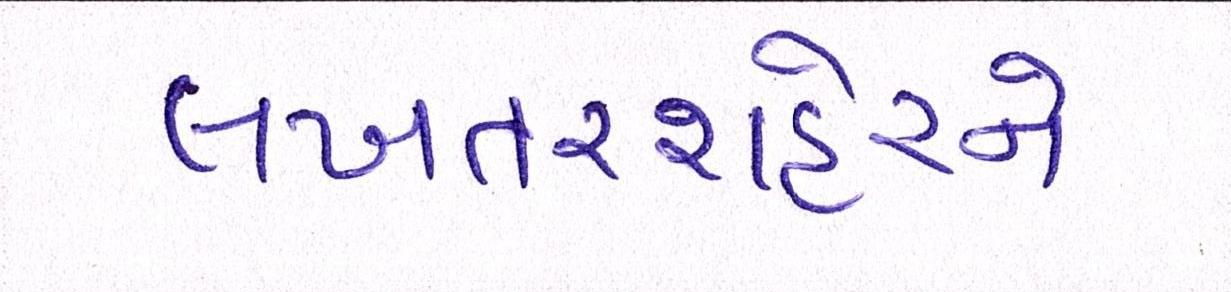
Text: લખતરશહેરને